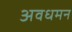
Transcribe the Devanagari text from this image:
अवधमन